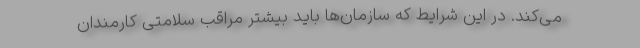
می‌کند. در این شرایط که سازمان‌ها باید بیشتر مراقب سلامتی کارمندان